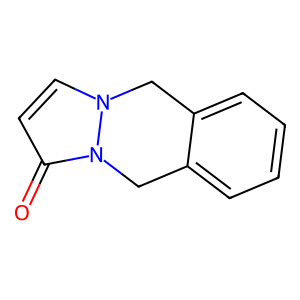
SMILES: O=c1ccn2n1Cc1ccccc1C2
Inhibits HIV replication: No